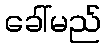
ခေါ်မည်